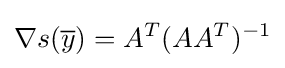
\nabla s({\overline {y}})=A^{T}(AA^{T})^{-1}